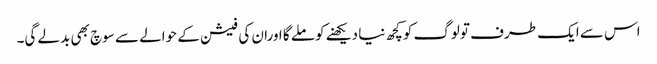
اس سے ایک طرف تولوگ کوکچھ نیا دیکھنے کوملے گا اوران کی فیشن کے حوالے سے سوچ بھی بدلے گی۔